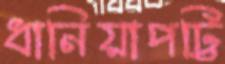
ধানিয়াপট্টি